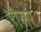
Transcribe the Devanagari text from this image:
रौसर